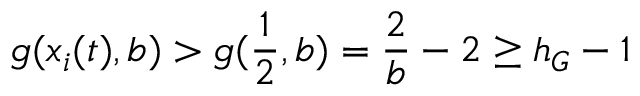
g ( x _ { i } ( t ) , b ) > g ( \frac { 1 } { 2 } , b ) = \frac { 2 } { b } - 2 \geq h _ { G } - 1